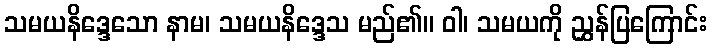
သမယနိဒ္ဒေသော နာမ၊ သမယနိဒ္ဒေသ မည်၏။ ဝါ၊ သမယကို ညွှန်ပြကြောင်း